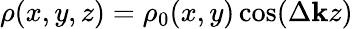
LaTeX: \rho(x,y,z)=\rho_{0}(x,y)\cos(\Delta\mathbf{k}z)